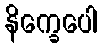
နိက္ခေပေါ